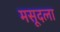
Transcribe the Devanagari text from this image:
मसूदला